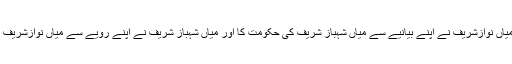
اب کی بار تو حادثہ یہ ہوا کہ میاں نوازشریف نے اپنے بیانیے سے میاں شہباز شریف کی حکومت کا اور میاں شہباز شریف نے اپنے رویے سے میاں نوازشریف کی سیاست کا راستہ بند کردیا۔